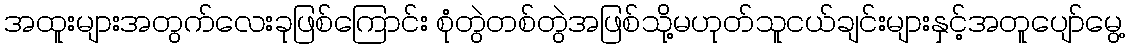
အထူးများအတွက်လေးခုဖြစ်ကြောင်း စုံတွဲတစ်တွဲအဖြစ်သို့မဟုတ်သူငယ်ချင်းများနှင့်အတူပျော်မွေ့